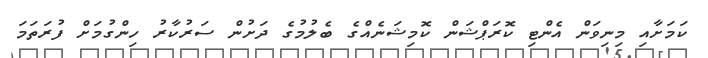
ކަމަށާއި މިނިވަން އެންޓި ކޮރަޕްޝަން ކޮމިޝަނެއްގެ ބެލުމުގެ ދަށުން ސަރުކާރު ހިންގުމަށް ފުރަތަމަ